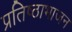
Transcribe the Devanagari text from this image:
प्रतिष्ठाभाजन